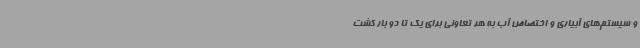
و سیستم‌های آبیاری و اختصاص آب به هر تعاونی برای یک تا دو بار کشت